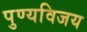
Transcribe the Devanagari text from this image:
पुण्यविजय